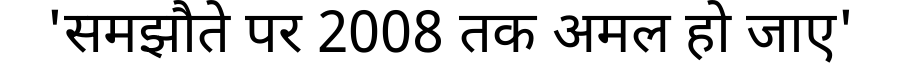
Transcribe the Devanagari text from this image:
'समझौते पर 2008 तक अमल हो जाए'